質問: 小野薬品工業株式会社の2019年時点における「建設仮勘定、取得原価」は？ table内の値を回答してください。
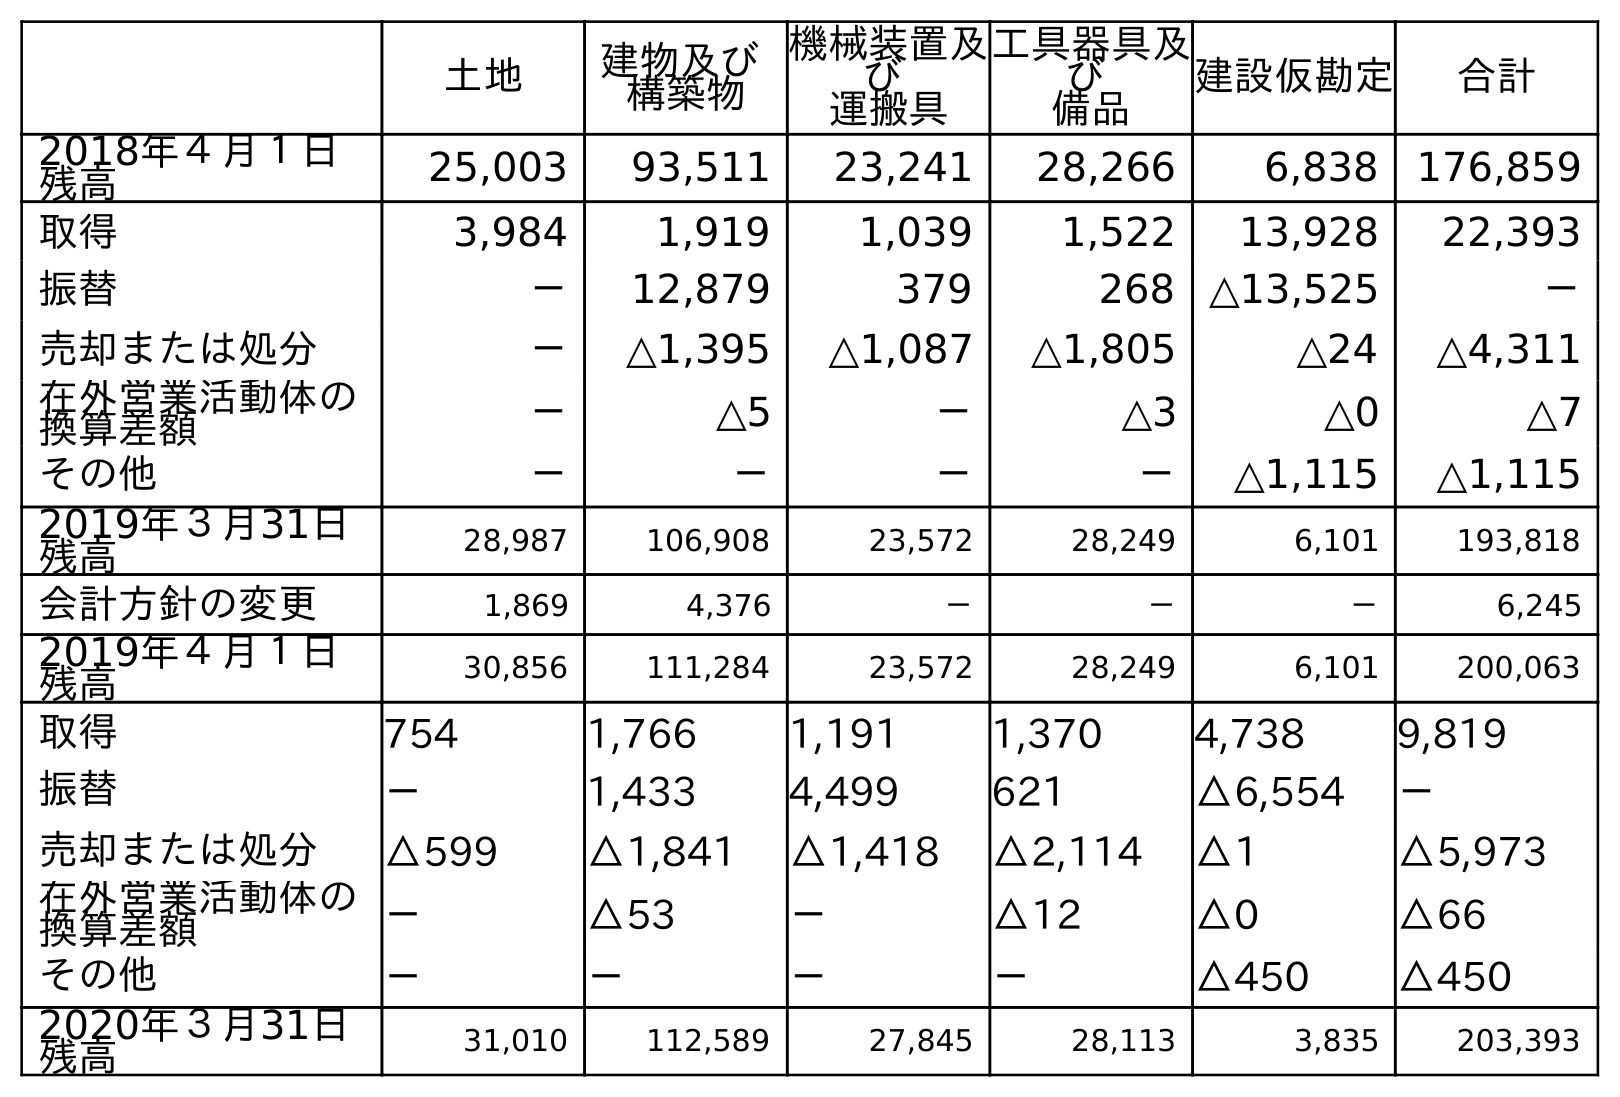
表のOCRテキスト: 土地 建物及び 構築物 機械装置及 び 運搬具 工具器具及 び 備品 建設仮勘定 合計 2018年４月１日 残高 25,003 93,511 23,241 28,266 6,838 176,859 取得 3,984 1,919 1,039 1,522 13,928 22,393 振替 － 12,879 379 268 △13,525 － 売却または処分 － △1,395 △1,087 △1,805 △24 △4,311 在外営業活動体の 換算差額 － △5 － △3 △0 △7 その他 － － － － △1,115 △1,115 2019年３月31日 残高 28,987 106,908 23,572 28,249 6,101 193,818 会計方針の変更 1,869 4,376 － － － 6,245 2019年４月１日 残高 30,856 111,284 23,572 28,249 6,101 200,063 取得 754 1,766 1,191 1,370 4,738 9,819 振替 － 1,433 4,499 621 △6,554 － 売却または処分 △599 △1,841 △1,418 △2,114 △1 △5,973 在外営業活動体の 換算差額 － △53 － △12 △0 △66 その他 － － － － △450 △450 2020年３月31日 残高 31,010 112,589 27,845 28,113 3,835 203,393
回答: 6,101